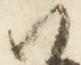
御